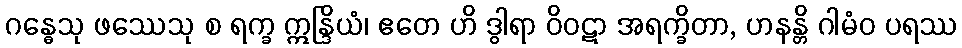
ဂန္ဓေသု ဖဿေသု စ ရက္ခ ဣန္ဒြိယံ၊ ဧတေ ဟိ ဒွါရာ ဝိဝဋာ အရက္ခိတာ, ဟနန္တိ ဂါမံဝ ပရဿ